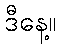
ဒီနေ့။